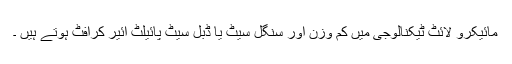
مائیکرو لائٹ ٹیکنالوجی میں کم وزن اور سنگل سیٹ یا ڈبل سیٹ پائیلٹ ائیر کرافٹ ہوتے ہیں ۔